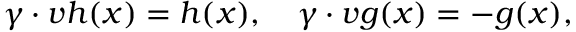
\gamma \cdot v h ( x ) = h ( x ) , \ \ \ \gamma \cdot v g ( x ) = - g ( x ) ,